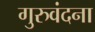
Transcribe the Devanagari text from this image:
गुरुवंदना